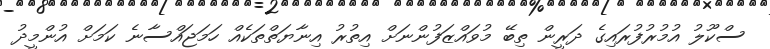
ސްކޫލު އުމުރުފުރައިގެ ދަރީން ތިބޭ މުވައްޒަފުންނަށް އިތުރު އިނާޔަތްތަކެއް ހަމަޖައްސާނެ ކަމަށް އުންމީދު